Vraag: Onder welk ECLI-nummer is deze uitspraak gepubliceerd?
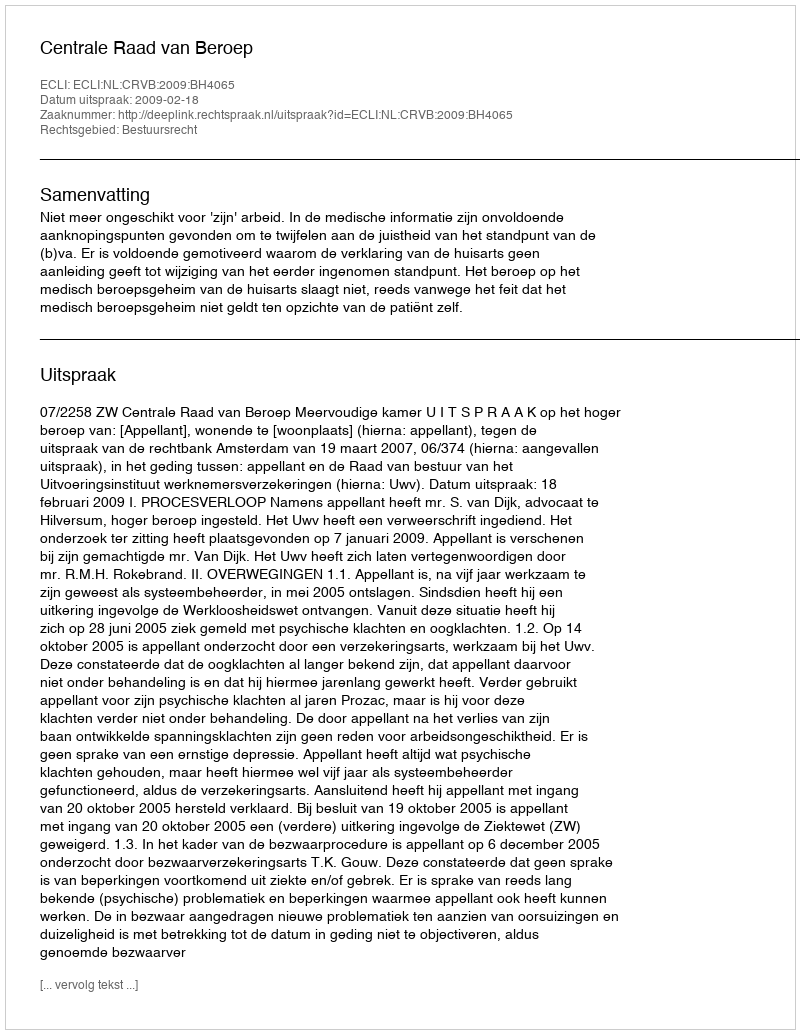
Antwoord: ECLI:NL:CRVB:2009:BH4065